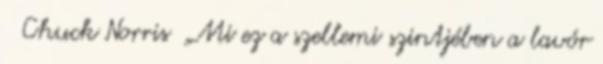
Chuck Norris „Mi ez a szellemi szintjében a lavór